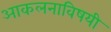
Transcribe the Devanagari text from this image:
आकलनाविषयी